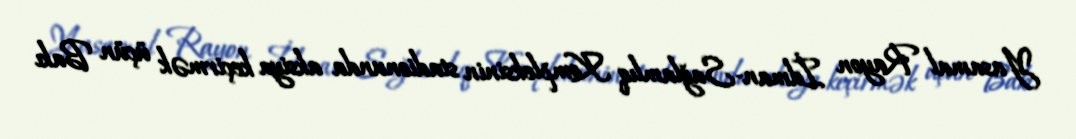
Yasamal Rayon İdman-Sağlamlıq Kompleksinin stadionunda aksiya keçirmək üçün Bakı